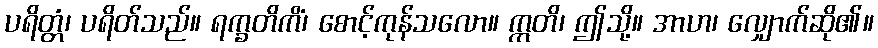
ပရိတ္တံ၊ ပရိတ်သည်။ ရက္ခတိကိံ၊ စောင့်ကုန်သလော။ ဣတိ၊ ဤသို့။ အာဟ၊ လျှောက်ဆို၏။